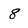
Character: 8